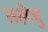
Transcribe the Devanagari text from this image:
तलेजु